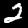
Label: 2